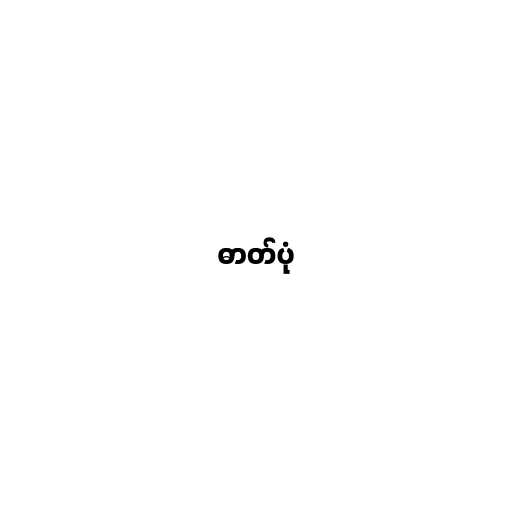
ဓာတ်ပုံ